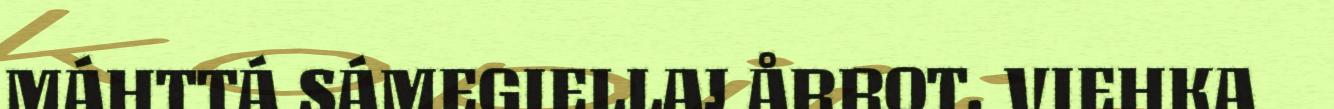
MÁHTTÁ SÁMEGIELLAJ ÅRROT. VIEHKA